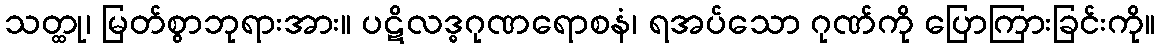
သတ္ထု၊ မြတ်စွာဘုရားအား။ ပဋိလဒ္ဓဂုဏရောစနံ၊ ရအပ်သော ဂုဏ်ကို ပြောကြားခြင်းကို။